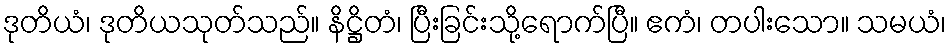
ဒုတိယံ၊ ဒုတိယသုတ်သည်။ နိဋ္ဌိတံ၊ ပြီးခြင်းသို့ရောက်ပြီ။ ဧကံ၊ တပါးသော။ သမယံ၊